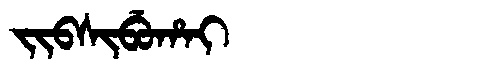
Manchu: ᠵᡳᠪᠰᡳᠪᡠᡥᠠᡳ
Romanization: JIBSIBUHAI